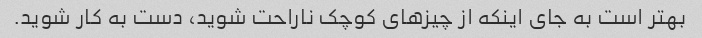
بهتر است به جای اینکه از چیزهای کوچک ناراحت شوید، دست به کار شوید.